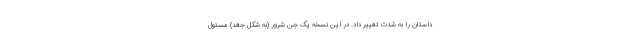
داستان را به شدت تغییر داد. در این نسخه یک جن شرور (به شکل جغد) مسئول